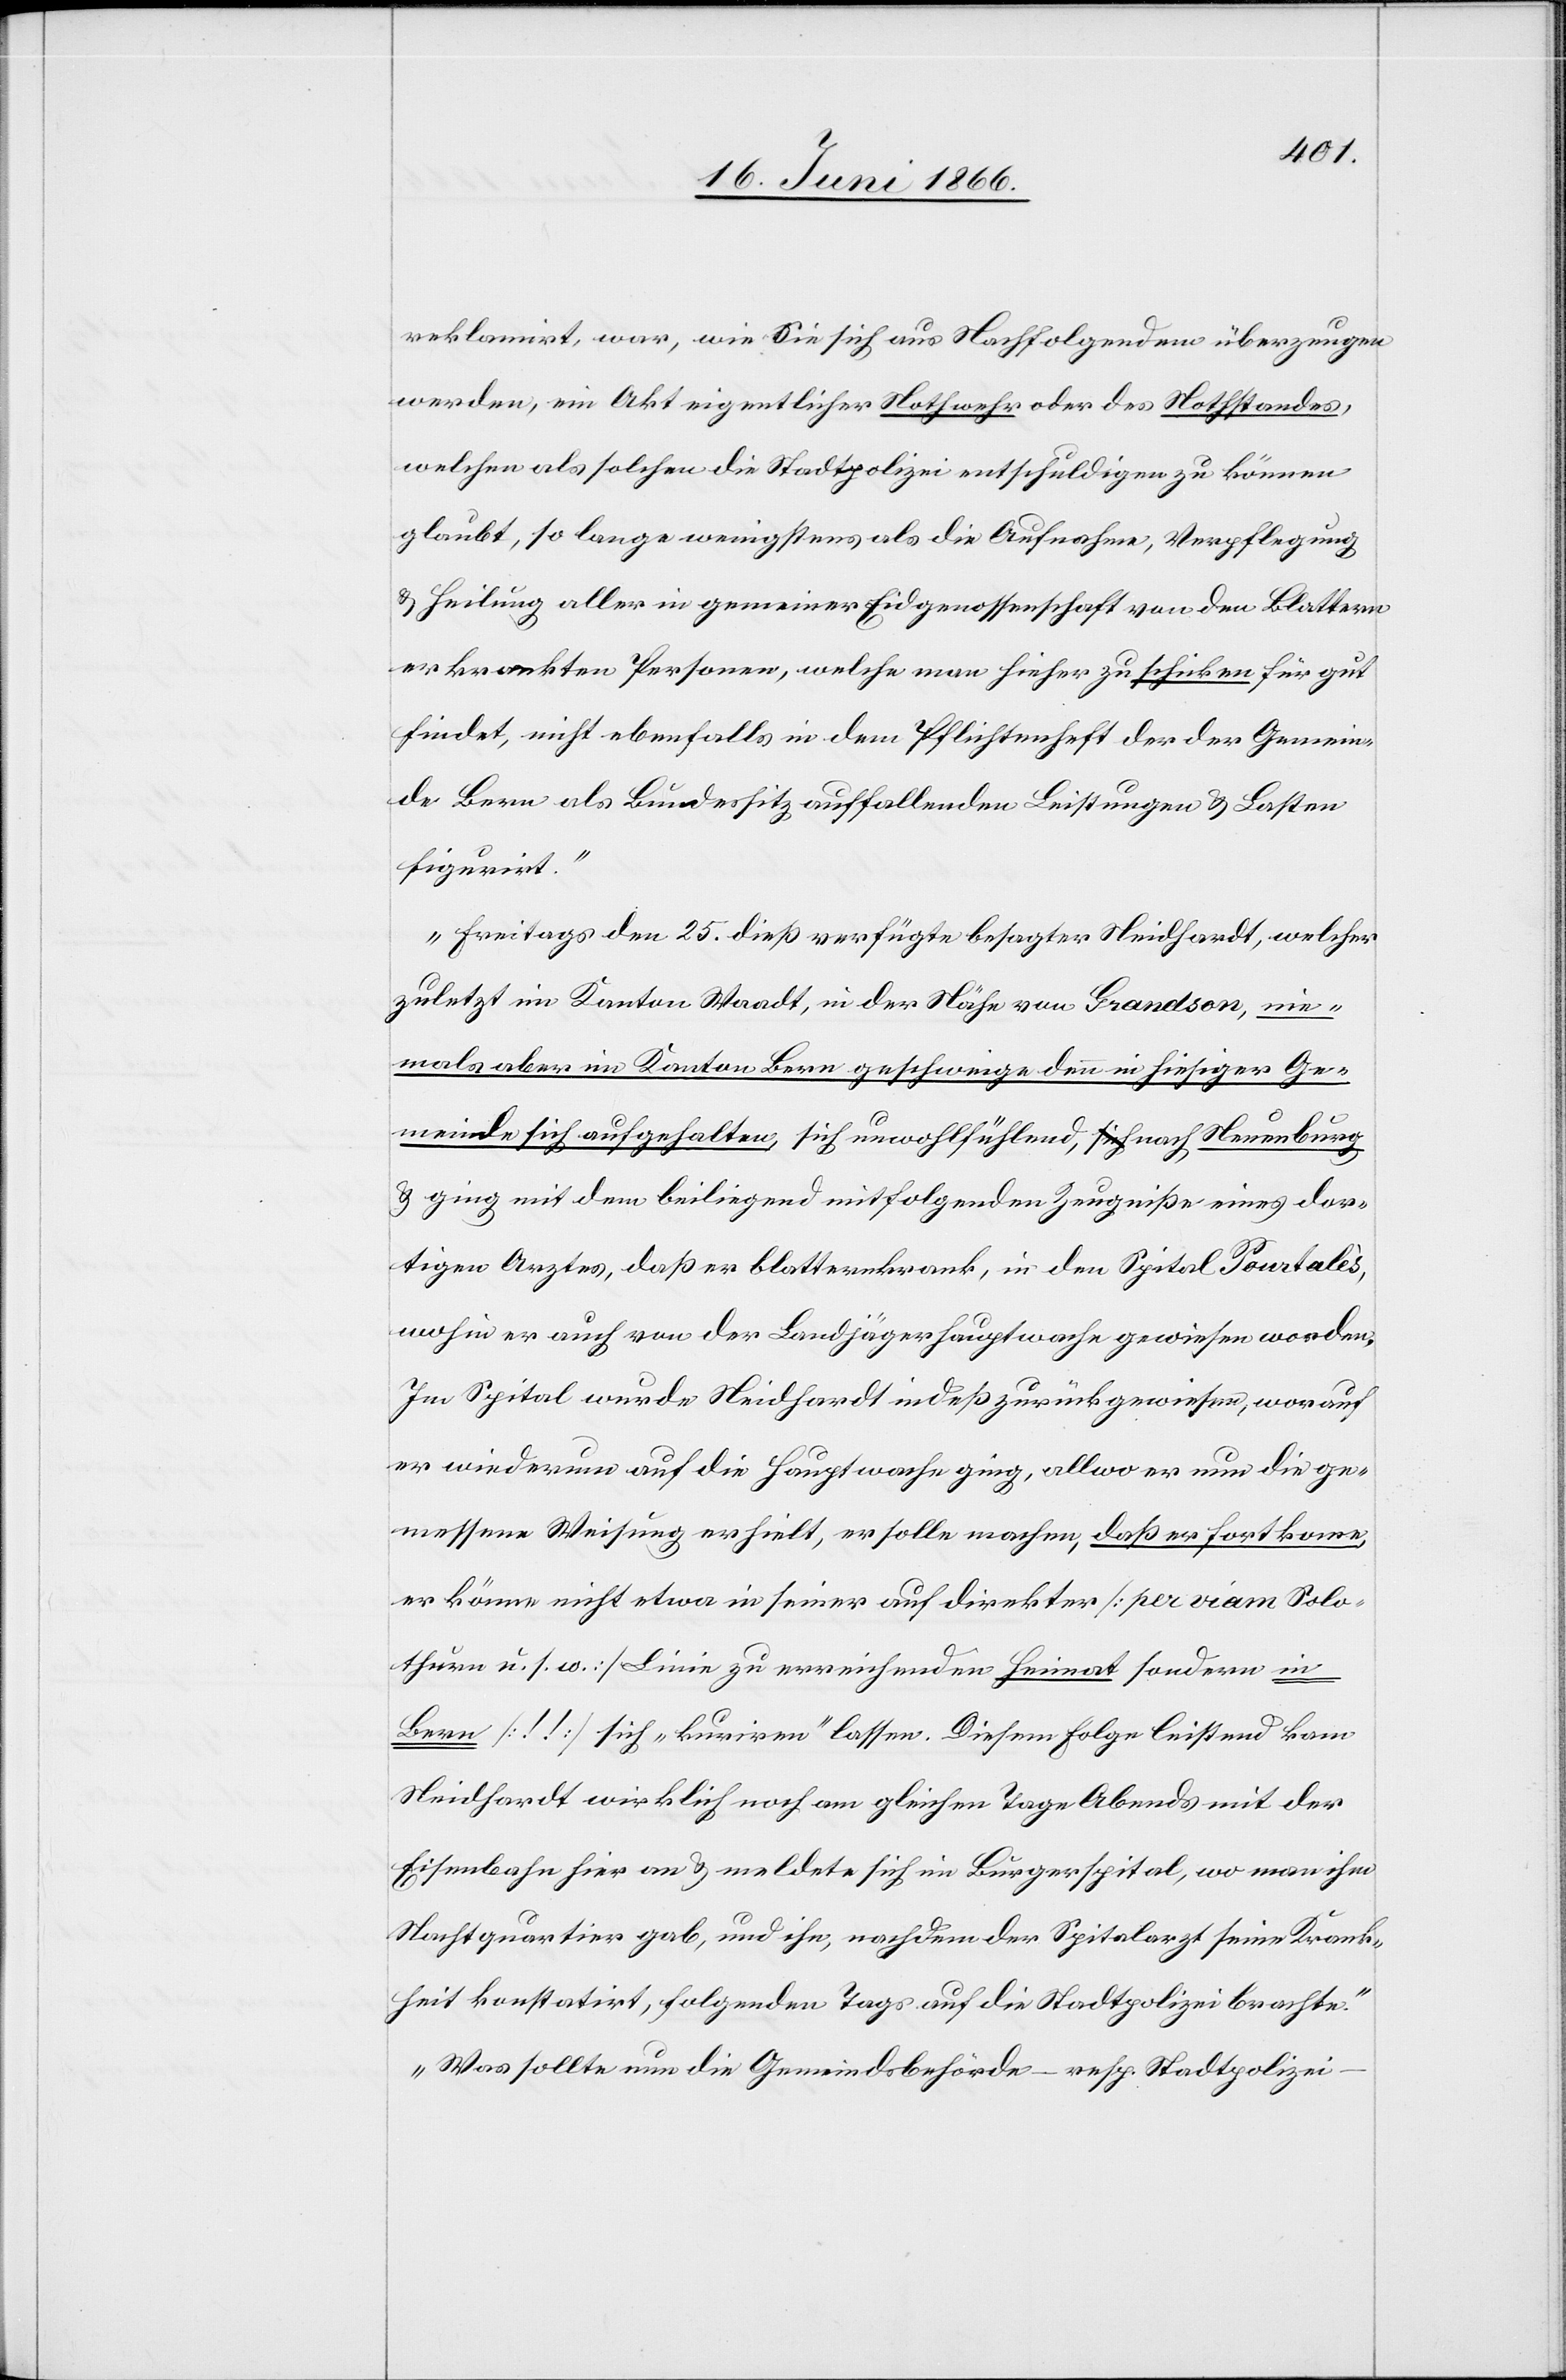
reklamirt war, wie Sie sich aus Nachfolgendem überzeugen
werden, ein Akt eigentlicher Nothwehr oder des Nothstandes,
welcher als solchen die Stadtpolizei entschuldigen zu können
glaubt, so lange wenigstens als die Aufnahme, Verpflegung
u. Heilung aller in gemeiner Eidgenossenschaft von den Blattern
erkrankten Personen, welche man hieher zu schicken für gut
findet, nicht ebenfalls in dem Pflichtenheft der der Gemein¬
de Bern als Bundessitz auffallenden Leistungen u. Lasten
figurirt.
Freitags den 25. dieß verfügte besagter Neidhardt, welcher
zuletzt im Kanton Waadt, in der Höhe von Grandson, nie¬
mals aber im Kanton Bern geschweige denn in hiesiger Ge¬
meinde sich aufgehalten, sich unwohlfühlend, a-sich-a nach Neuenburg
u. ging mit dem beiliegend mitfolgenden Zeugniße eines dor¬
tigen Arztes, daß er blatternkrank, in den Spital Pourtalès,
wohin er auch von der Landjägerhauptwache gewiesen worden.
Im Spital wurde Neidhardt indeß zurückgewiesen, worauf
er wiederum auf die Hauptwache ging, allwo er nun die ge¬
messene Weisung erhielt, er solle machen, daß er fortkomme,
er könne nicht etwa in seiner auf direkter [per viam Solo¬
thurn u. s. w.] Linie zu erreichenden Heimat sondern in
Bern [! !] sich „kuriren“ lassen. Diesem Folge leistend kam
Neidhardt wirklich noch am gleichen Tage Abends mit der
Eisenbahn an u. meldete sich im Burgerspital, wo man ihm
Nachtquartier gab, und ihn, nachdem der Spitalarzt seine Krank¬
heit konstatirte, folgenden Tags auf die Stadtpolizei brachte.
Was sollte nun die Gemeindsbehörde – resp. Stadtpolizei